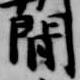
間